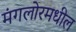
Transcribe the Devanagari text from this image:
मंगलोरमधील